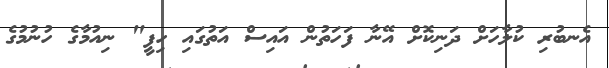
އެނބުރި ކުލާހަށް ދަނިކޮށް އޭނާ ފަހަތުން އައިސް އަތުގައި ހިފީ" ނިއުމާގެ ހުނުމުގެ